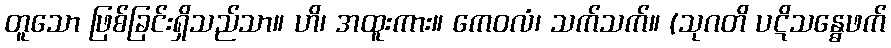
တူသော ဖြစ်ခြင်းရှိသည်သာ။ ဟိ၊ အထူးကား။ ကေဝလံ၊ သက်သက်။ (သုဂတိ ပဋိသန္ဓေဖက်